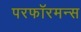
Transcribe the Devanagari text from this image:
परफॉरमन्स